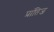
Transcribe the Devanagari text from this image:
प्रांतिज